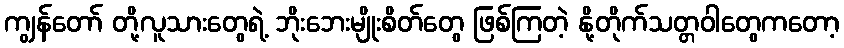
ကျွန်တော် တို့လူသားတွေရဲ့ ဘိုးဘေးမျိုးစိတ်တွေ ဖြစ်ကြတဲ့ နို့တိုက်သတ္တဝါတွေကတော့